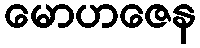
မောဟဇေန